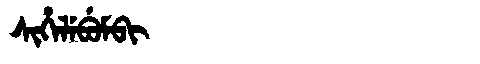
Manchu: ᠰᡳᡥᡝᠯᡝᠪᡠᠮᠪᡳ
Romanization: SIHELEBUMBI